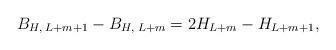
LaTeX: \begin{align*}B_{H,\; L+m+1}-B_{H,\; L+m}=2H_{L+m}-H_{L+m+1},\end{align*}